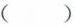
（）